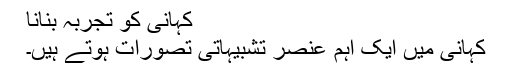
کہانی کو تجربہ بنانا
کہانی میں ایک اہم عنصر تشبیہاتی تصوّرات ہوتے ہیں۔